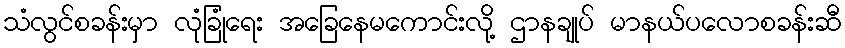
သံလွင်စခန်းမှာ လုံခြုံရေး အခြေနေမကောင်းလို့ ဌာနချုပ် မာနယ်ပလောစခန်းဆီ